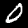
Label: 0